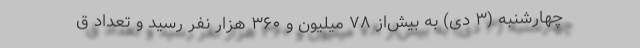
چهارشنبه (۳ دی) به بیش‌از ۷۸ میلیون و ۳۶۰ هزار نفر رسید و تعداد ق